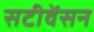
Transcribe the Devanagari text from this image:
सटीवेंसन